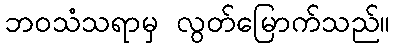
ဘဝသံသရာမှ လွတ်မြောက်သည်။